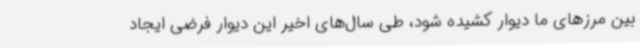
بین مرزهای ما دیوار کشیده شود، طی سال‌های اخیر این دیوار فرضی ایجاد